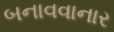
બનાવવાનાર